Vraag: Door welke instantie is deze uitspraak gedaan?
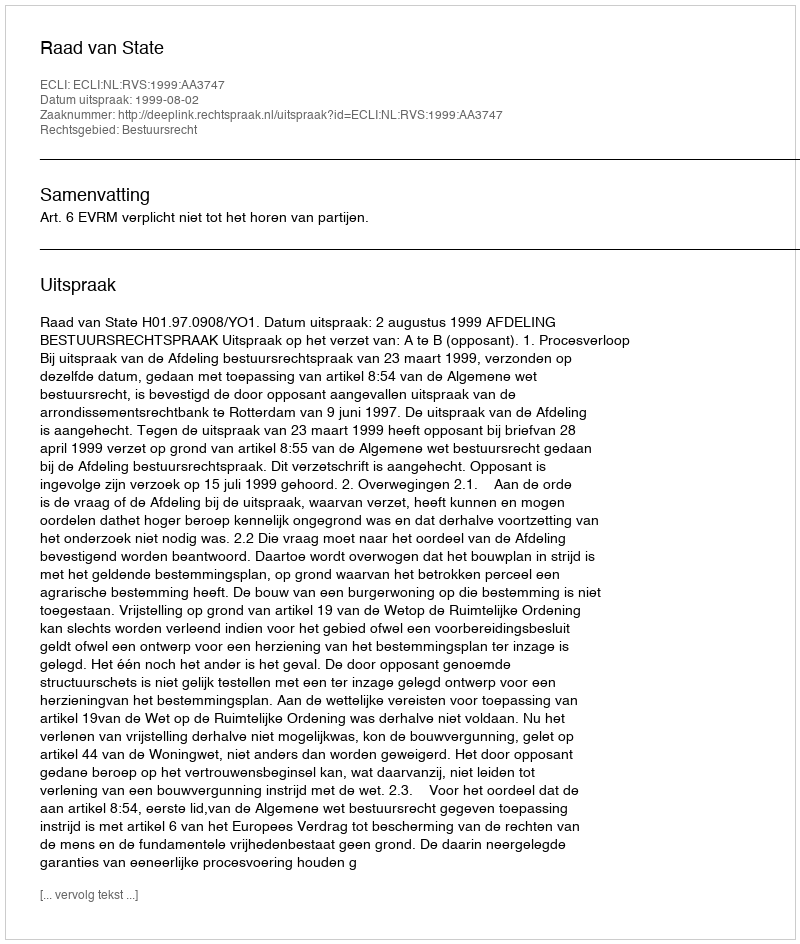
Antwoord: Raad van State